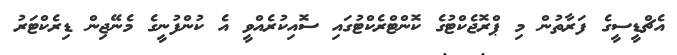
އެޗްޑީސީގެ ފަރާތުން މި ޕްރޮޖެކްޓުގެ ކޮންޓްރެކްޓުގައި ސޮއިކުރެއްވީ އެ ކުންފުނީގެ މެނޭޖިން ޑިރެކްޓަރު